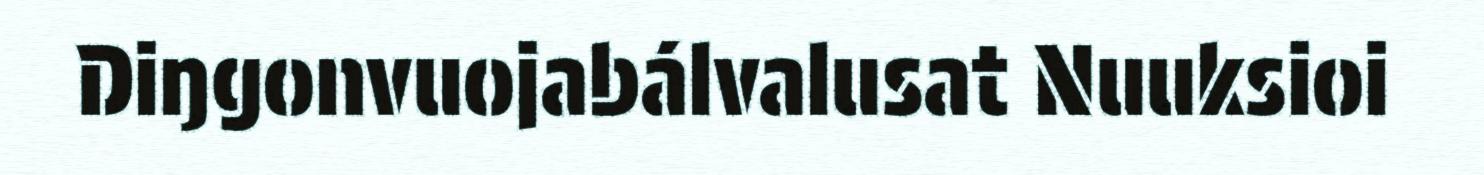
Diŋgonvuojabálvalusat Nuuksioi